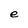
Character: e